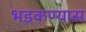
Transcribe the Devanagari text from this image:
भडकण्यास